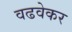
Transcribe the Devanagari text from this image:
वढवेकर